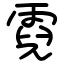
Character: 霓